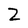
Character: Z